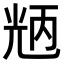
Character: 𠒝